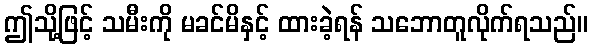
ဤသို့ဖြင့် သမီးကို မခင်မိနှင့် ထားခဲ့ရန် သဘောတူလိုက်ရသည်။